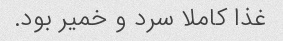
غذا کاملا سرد و خمیر بود.